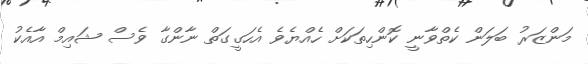
މަންޒަރު ބަލަން ކެތްވާނީ ކޮންހިތަކަށް ހެއްޔެވެ އެހަގީގަތް ނާންގާ ވެސް ޝައިމް އާއެކު